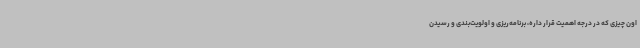
اون چیزی که در درجه اهمیت قرار داره، برنامه‌ریزی و اولویت‌بندی و رسیدن